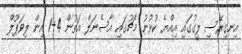
އިނގިރޭސި ލީގުގައި އިއްޔެ ކުޅުނު މެޗުގައި އާސެނަލް އަތުން 4-1 އިން ލިވަޕޫލް